Vaccination in Burma 1900-1911 - 1900-1911
Year: 1900
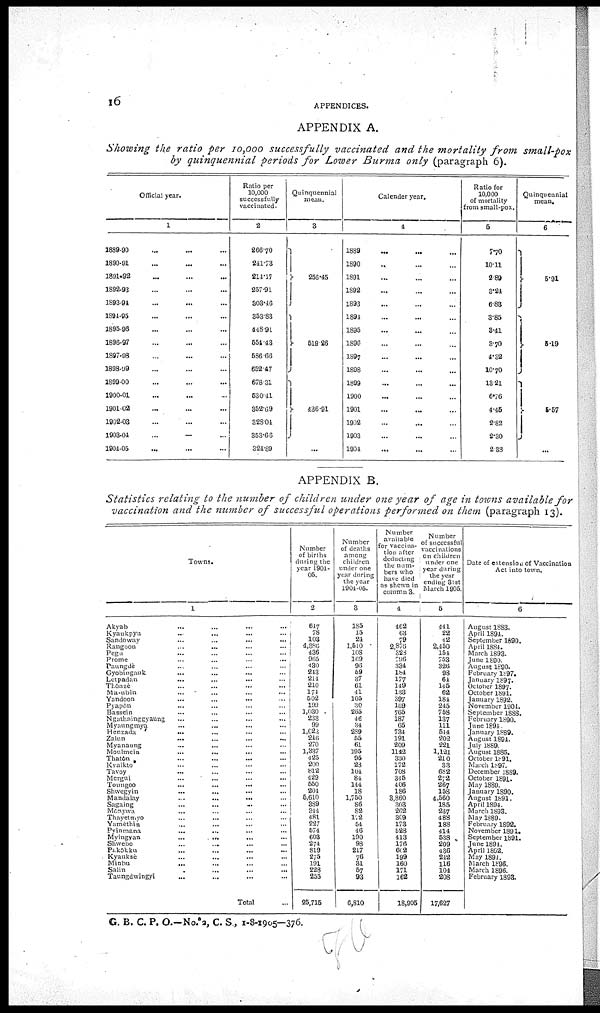
16
APPENDICES.
APPENDIX A.
Showing the ratio per 10,000 successfully vaccinated and the mortality from small-pox
by quinquennial periods for Lower Burma only (paragraph 6).
Official year.
1
1889-90 ... ... ...
1890-01 ... ... ...
1801-92 ... ... ...
1892-93 ... ... ...
1893-91 ... ... ...
1891-95 ... ... ...
1895-96 ... ... ...
1896-97 ... ... ...
1897-98 ... ... ...
1898-99 ... ... ...
1899-00 ... ... ...
1900-01 ... ... ...
1901-02 ... ... ...
1902-03 ... ... ...
1903-04
...
...
...
1904-05 ... ... ...
Ratio per
10,000
successfully
vaccinated.
2
266.70
241.73
214.17
257.91
303.46
353.83
448.91
554.43
586.66
652.17
678.31
630.11
852.69
328.04
353.66
321.89
Quinquennial
mean.
3
256.15
519.26
436.91
...
Calender year.
4
1889
...
...
...
1890 ... ... ...
1891 ... ... ...
1892 ... ... ...
1893 ... ... ...
1894 ... ... ...
1895 ... ... ...
1896 ... ... ...
1897 ... ... ...
1898 ... ... ...
1899 ... ... ...
1900 ... ... ...
1901 ... ... ...
1902 ... ... ...
1903 ... ... ...
1904 ... ... ...
Ratio for
10,000
of mortality
from small-pox.
5
7.70
10.11
2.89
3.21
6.83
3.85
3.41
3.70
1.32
10.70
13.21
6.76
4.46
2.82
2.30
2.38
Quinquennial
mean.
6
5.91
5.19
5.57
...
APPENDIX B.
Statistics relating to the number of children under one year of age in towns available for
vaccination and the number of successful operations performed on them (paragraph 13).
Towns.
1
Akyab ... ... ... ...
Kyaukpyu ... ... ... ...
Sandoway ... ... ... ...
Rangoon ... ... ... ...
Pegu ... ... ... ...
Prome
...
...
...
...
Paungdè ... ... ... ...
Gyobingauk ... ... ... ...
Letpadan ... ... ... ...
Thônzè ... ... ... ...
Ma-ubin ... ... ... ...
Yandoon ... ... ... ...
Pyapôn ... ... ... ...
Bassein ... ... ... ...
Ngathainggyaung ... ... ... ...
Myaungmya
...
...
...
...
Henzada ... ... ... ...
Zalun ... ... ... ...
Myanaung ... ... ... ...
Moulmein ... ... ... ...
Thatôn ... ... ... ...
Kyaikto ... ... ... ...
Tavoy ... ... ... ...
Mergui ... ... ... ...
Toungoo
...
...
...
...
Shwegyin
...
...
...
...
Mandalay
...
...
... ...
Sagaing ... ... ... ...
Mônywa ... ... ... ...
Thayetmyo ... ... ... ...
Yamèthin
...
...
...
...
Pyinmana ... ... ... ...
Myingyan
...
. ...
...
Shwebo
...
.... ... ...
Pakôkku ... ... ... ...
Kyauksè ... ... ... ...
Minbu ... ... ... ...
Salin ... ... ... ...
Taungdwingyi ... ... ... ...
Total ...
Number
of births
during the
year 1904-
05.
2
647
78
103
4,886
136
965
430
213
214
210
171
502
199
1,030
233
99
1,023
246
270
1,837
4.25
200
812
129
550
204
5,610
389
344
481
227
671
603
271
819
275
191
228
255
25,716
Number
of deaths
among
children
under one
year during
the year
1901-05.
3
185
15
21
1,510
108
169
96
69
37
61
11
105
30
265
46
31
289
55
61
195
95
28
104
84
144
18
1,750
86
82
112
51
16
190
98
217
76
31
57
93
6,810
Number
available
for vaccina-
tion after
deducting
the num-
bers who
have died
as shewn in
column 3.
4
162
63
79
2,876
823
796
331
184
177
119
133
397
169
765
187
65
731
191
209
1112
330
172
708
345
106
186
3,860
303
262
309
173
528
113
176
602
199
160
171
162
18,906
Number
of successful
vaccinations
On children
under one
year during
the year
ending 31st
March 1905.
5
441
22
42
2,450
151
753
326
93
64
145
62
181
245
758
137
111
544
202
221
1,121
210
33
682
272
267
158
4,560
185
237
488
188
414
638
209
436
242
116
101
208
17,627
Date of extension of Vaccination
Act into town.
6
August 1883.
April 1891.
September 1690.
April 1881.
March 1893.
June 1890.
August 1890.
February l897.
January 1897.
October 1897.
October 1891.
January 1892.
November 1904.
September 1888.
February 1890.
June 1891.
January 1889.
August 1891.
July 1889.
August 1885.
October 1891.
March 1897.
December 1889.
October 1891.
May 1880.
January 1890.
August 1891.
April 1891.
March 1893.
May 1889.
February 1892.
November 1891.
September 1891.
June 189..
April 1802.
May 1894.
March 1896.
March 1896.
February 1893.
G. B. C. P. O.—No. 2, C. S., 1-8-1905—376.